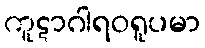
ကူဋာဂါရဝရူပမာ